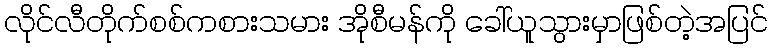
လိုင်လီတိုက်စစ်ကစားသမား အိုစီမန်ကို ခေါ်ယူသွားမှာဖြစ်တဲ့အပြင်